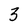
Character: 3